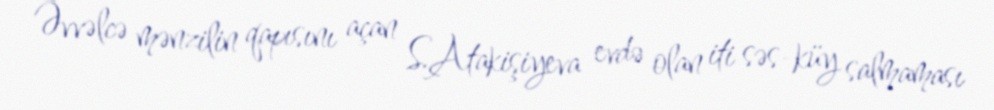
Əvvəlcə mənzilin qapısını açan S.Atakişiyeva evdə olan iti səs-küy salmaması